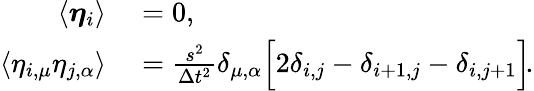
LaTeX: \begin{array}{rl}{\langle\boldsymbol{\eta}_{i}\rangle}&{{}=0,}\\ {\langle\eta_{i,\mu}\eta_{j,\alpha}\rangle}&{{}=\frac{s^{2}}{\Delta t^{2}}\delta_{\mu,\alpha}\Big[2\delta_{i,j}-\delta_{i+1,j}-\delta_{i,j+1}\Big]\! .}\end{array}